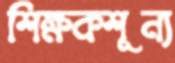
শিক্ষকশূন্য